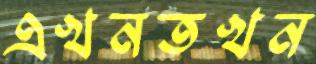
এখনতখন